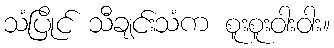
သံပြိုင် သီချင်းသံက စူးစူးဝါးဝါး။